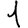
Digit: 1